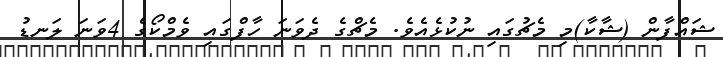
ޝައްފާން (ޝާކާ)މި މެޗުގައި ނުކުޅެއެވެ. މެޗްގެ ދެވަނަ ހާފްގައި ވެމްކޯގެ 4ވަނަ ލަނޑު